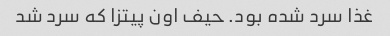
غذا سرد شده بود. حیف اون پیتزا که سرد شد